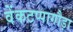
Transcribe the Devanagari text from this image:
वेंकटप्पागौड़ा